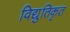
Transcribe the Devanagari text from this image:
विद्युतिकृत